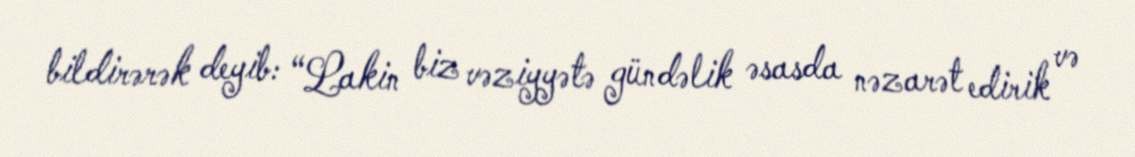
bildirərək deyib: “Lakin biz vəziyyətə gündəlik əsasda nəzarət edirik və